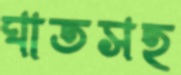
ঘাতসহ